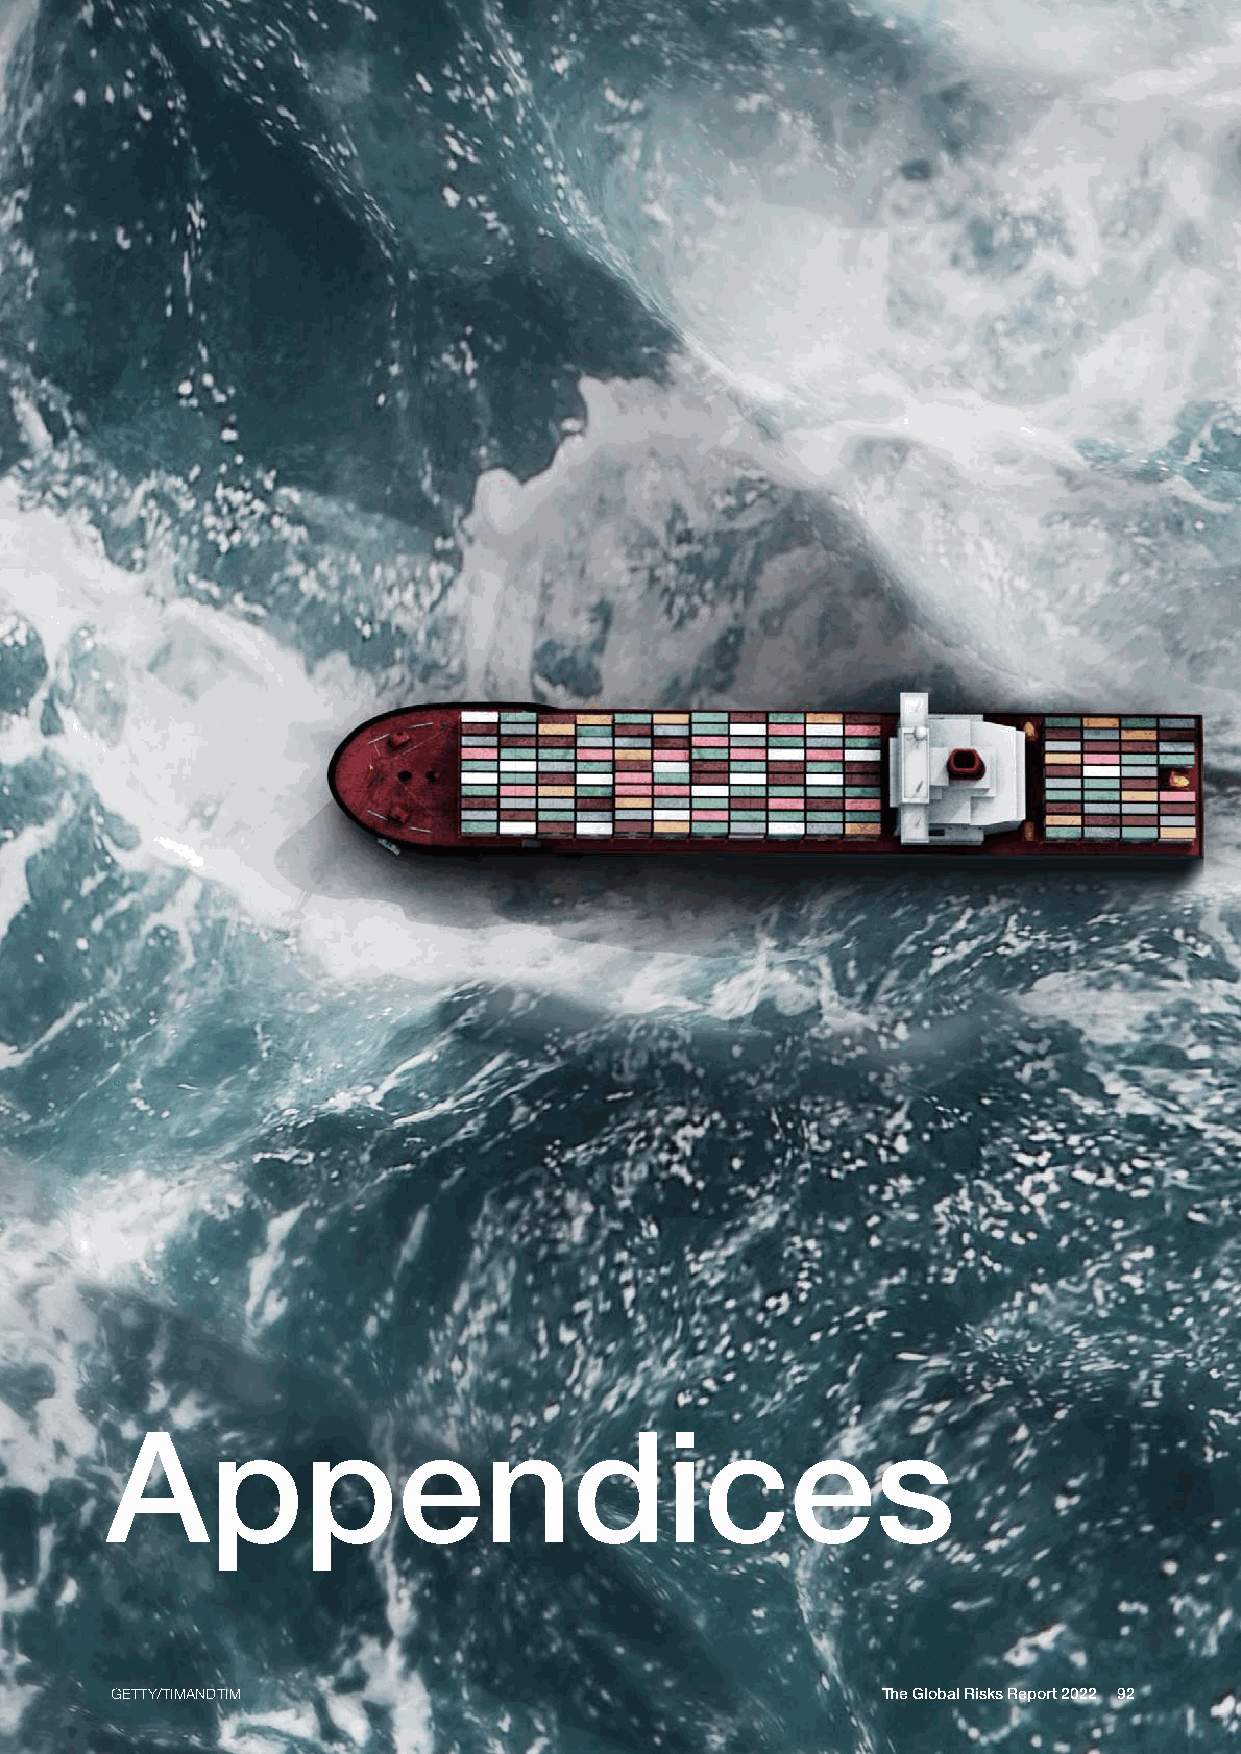
Appendices
 GETTY/TIMANDTIM                                    The Global Risks Report 2022 92